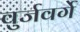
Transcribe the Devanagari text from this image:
वुर्जवर्गे